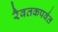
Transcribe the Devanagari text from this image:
रैवतकपर्वत